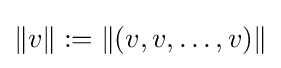
\left\|v\right\|:=\left\|\left(v,v,\dots ,v\right)\right\|